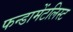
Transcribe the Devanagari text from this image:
फन्डामेंटलिस्ट